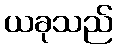
ယခုသည်